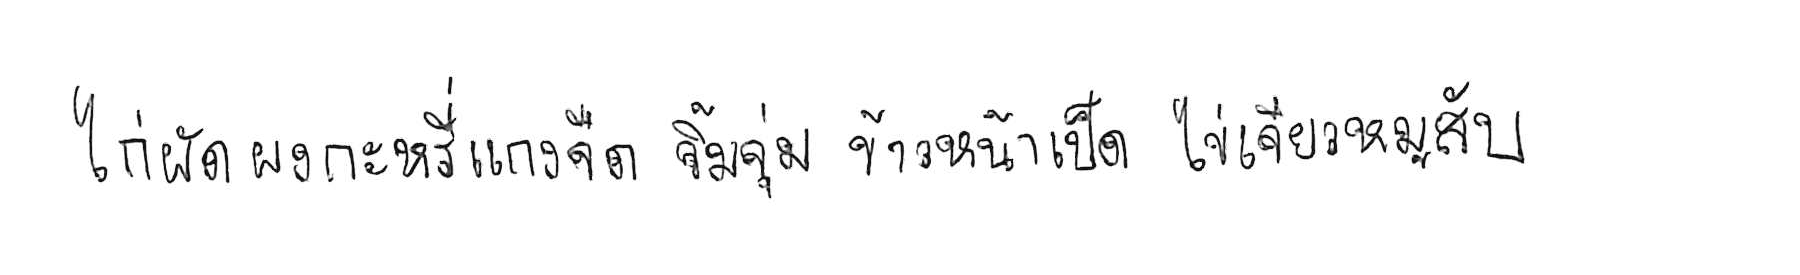
ไก่ผัดผงกะหรี่ แกงจืด จิ้มจุ่ม ข้าวหน้าเป็ด ไข่เจียวหมูสับ